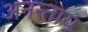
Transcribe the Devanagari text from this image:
अनन्ताय